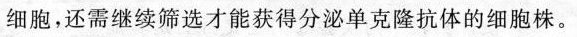
细胞，还需继续筛选才能获得分泌单克隆抗体的细胞株。